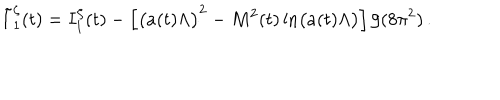
LaTeX: \tilde { I } _ { 1 } ^ { \zeta } ( t ) = I _ { 1 } ^ { \zeta } ( t ) - \left[ \left( a ( t ) \Lambda \vphantom { ^ 2 } \right) ^ { 2 } - M ^ { 2 } ( t ) \ln \left( a ( t ) \Lambda \vphantom { ^ 2 } \right) \right] / ( 8 \pi ^ { 2 } ) \, .